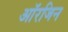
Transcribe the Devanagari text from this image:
आॅरजिन